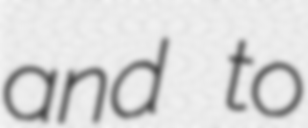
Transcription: and to